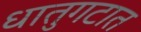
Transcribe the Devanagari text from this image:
धातुगटात